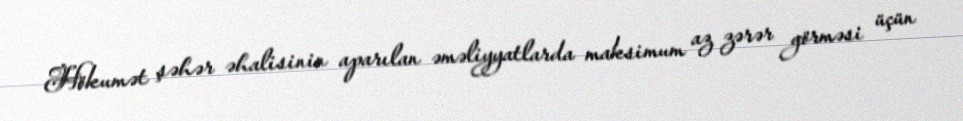
Hökumət şəhər əhalisinin aparılan əməliyyatlarda maksimum az zərər görməsi üçün